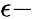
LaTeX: \epsilon-